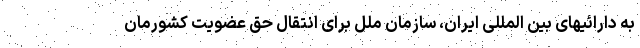
به دارائیهای بین المللی ایران، سازمان ملل برای انتقال حق عضویت کشورمان